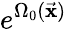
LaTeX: e^{\Omega_{0}(\vec{\mathbf x})}